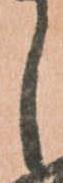
し